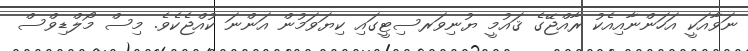
ނަވާއަކީ އަހަންނާއިއެކު ރާއްޖޭގެ ޤައުމީ ޔުނިވަރސިޓީގައި ކިޔަވަމުން އަންނަ ކުއްޖެކެވެ. މިސް މޯލްޑިވްސް